On the action of the venoms of the cobra (Naja tripudians) and of the daboia (Daboia russellii) on the red blood corpuscles and on the blood plasma - Number 4
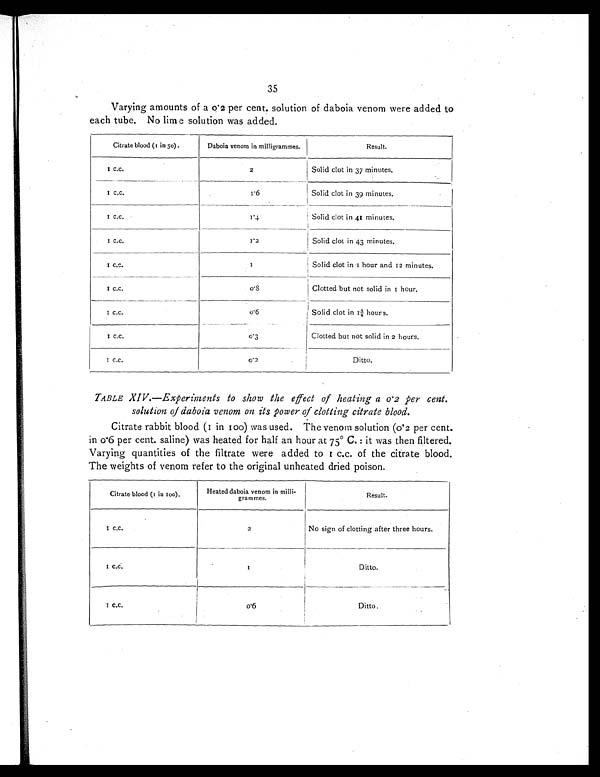
35
Varying amounts of a 0.2 per cent. solution of daboia venom were added to
each tube. No lime solution was added.
Citrate blood (1 in 50).
Daboia venom in milligrammes.
Result.
1 c . c .
2
Solid clot in 37 minutes.
1 c . c .
1.6
Solid clot in 39 minutes.
1.c.c.
1 . 4
Solid clot in 41 minutes.
1 c.c.
1.2
Solid clot in 43 minutes.
1 c . c .
1
Solid clot in 1 hour and 12 minutes.
1 c . c .
0 . 8
Clotted but not solid in 1 hour.
1 c.c.
0 . 6
Solid clot in 1¾ hours.
1 c . c .
o.3
Clotted but not solid in 2 hours.
1 c . c .
0.2
Ditto.
TABLE XIV.—Experiments to show the effect of heating a 0.2 per cent.
solution of daboia venom on its power of clotting citrate blood.
Citrate rabbit blood (1 in 100) was used. The venom solution (0.2 per cent.
in 0.6 per cent, saline) was heated for half an hour at 75° C. : it was then filtered.
Varying quantities of the filtrate were added to 1 c.c. of the citrate blood.
The weights of venom refer to the original unheated dried poison.
Citrate blood (1 in 100).
Heated daboia venom in milli-
grammes.
Result.
1 c . c .
2
No sign of clotting after three hours.
1 c . c .
1
Ditto.
1 c . c .
o . 6
Ditto.